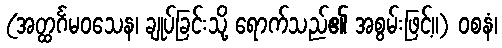
(အတ္ထင်္ဂမဝသေန၊ ချုပ်ခြင်းသို့ ရောက်သည်၏ အစွမ်းဖြင့်။) ဝစနံ၊